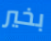
بخير